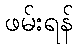
ဖမ်းရန်